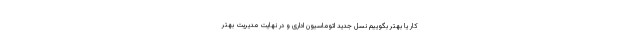
کار یا بهتر بگوییم نسل جدید اتوماسیون اداری و در نهایت مدیریت بهتر